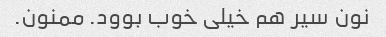
نون سیر هم خیلی خوب بوود. ممنون.